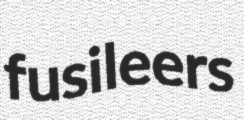
fusileers